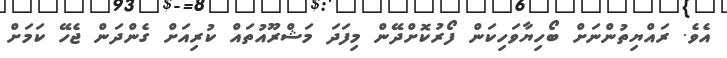
އެވެ. ރައްޔިތުންނަށް ބޯހިޔާވަހިކަން ފޯރުކޮށްދޭން މިފަދަ މަޝްރޫއުތައް ކުރިއަށް ގެންދަން ޖެހޭ ކަމަށް